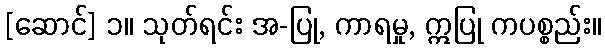
[ဆောင်] ၁။ သုတ်ရင်း အ-ပြု, ကာရမှု, ဣပြု ကပစ္စည်း။